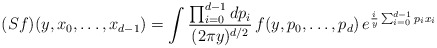
\begin{align*}(S f)(y,x_0,\dots,x_{d-1})=\int \frac{\prod_{i=0}^{d-1} dp_i}{(2\pi y)^{d/2}}\, f(y,p_0,\dots,p_d)\, e^{\frac{i}{y}\sum_{i=0}^{d-1}p_i x_i}\end{align*}